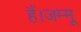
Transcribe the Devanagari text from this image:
हैं।जम्मू